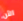
الآن